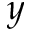
y